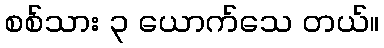
စစ်သား ၃ ယောက်သေ တယ်။